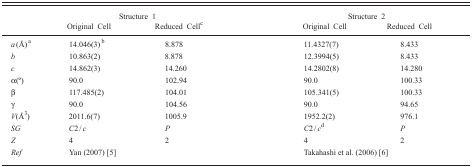
<table><thead><tr><td rowspan="2"></td><td colspan="2"><b>Structure 1</b></td><td colspan="2"><b>Structure 2</b></td></tr><tr><td><b>Original Cell</b></td><td><b>Reduced Cellc</b></td><td><b>Original Cell</b></td><td><b>Reduced Cell</b></td></tr></thead><tbody><tr><td><i>a</i> (Å)a</td><td>14.046(3) b</td><td>8.878</td><td>11.4327(7)</td><td>8.433</td></tr><tr><td><i>b</i></td><td>10.863(2)</td><td>8.878</td><td>12.3994(5)</td><td>8.433</td></tr><tr><td><i>c</i></td><td>14.862(3)</td><td>14.260</td><td>14.2802(8)</td><td>14.280</td></tr><tr><td>α(o)</td><td>90.0</td><td>102.94</td><td>90.0</td><td>100.33</td></tr><tr><td>β</td><td>117.485(2)</td><td>104.01</td><td>105.341(5)</td><td>100.33</td></tr><tr><td>γ</td><td>90.0</td><td>104.56</td><td>90.0</td><td>94.65</td></tr><tr><td><i>V</i>(Å<sup>3</sup>)</td><td>2011.6(7)</td><td>1005.9</td><td>1952.2(2)</td><td>976.1</td></tr><tr><td><i>SG</i></td><td><i>C</i>2 / <i>c</i></td><td><i>P</i></td><td><i>C</i>2 / <i>c</i>d</td><td><i>P</i></td></tr><tr><td><i>Z</i></td><td>4</td><td>2</td><td>4</td><td>2</td></tr><tr><td><i>Ref</i></td><td>Yan (2007) [5]</td><td></td><td>Takahashi et (2006) [6]</td><td></td></tr></tbody></table>